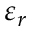
\varepsilon _ { r }